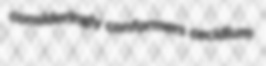
consideringly conformers cecidium